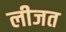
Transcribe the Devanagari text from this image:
लीजत